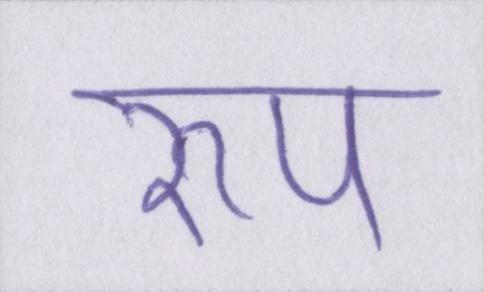
रुप